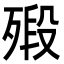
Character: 㱭